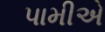
પામીએ